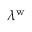
\lambda ^ { \mathrm { w } }